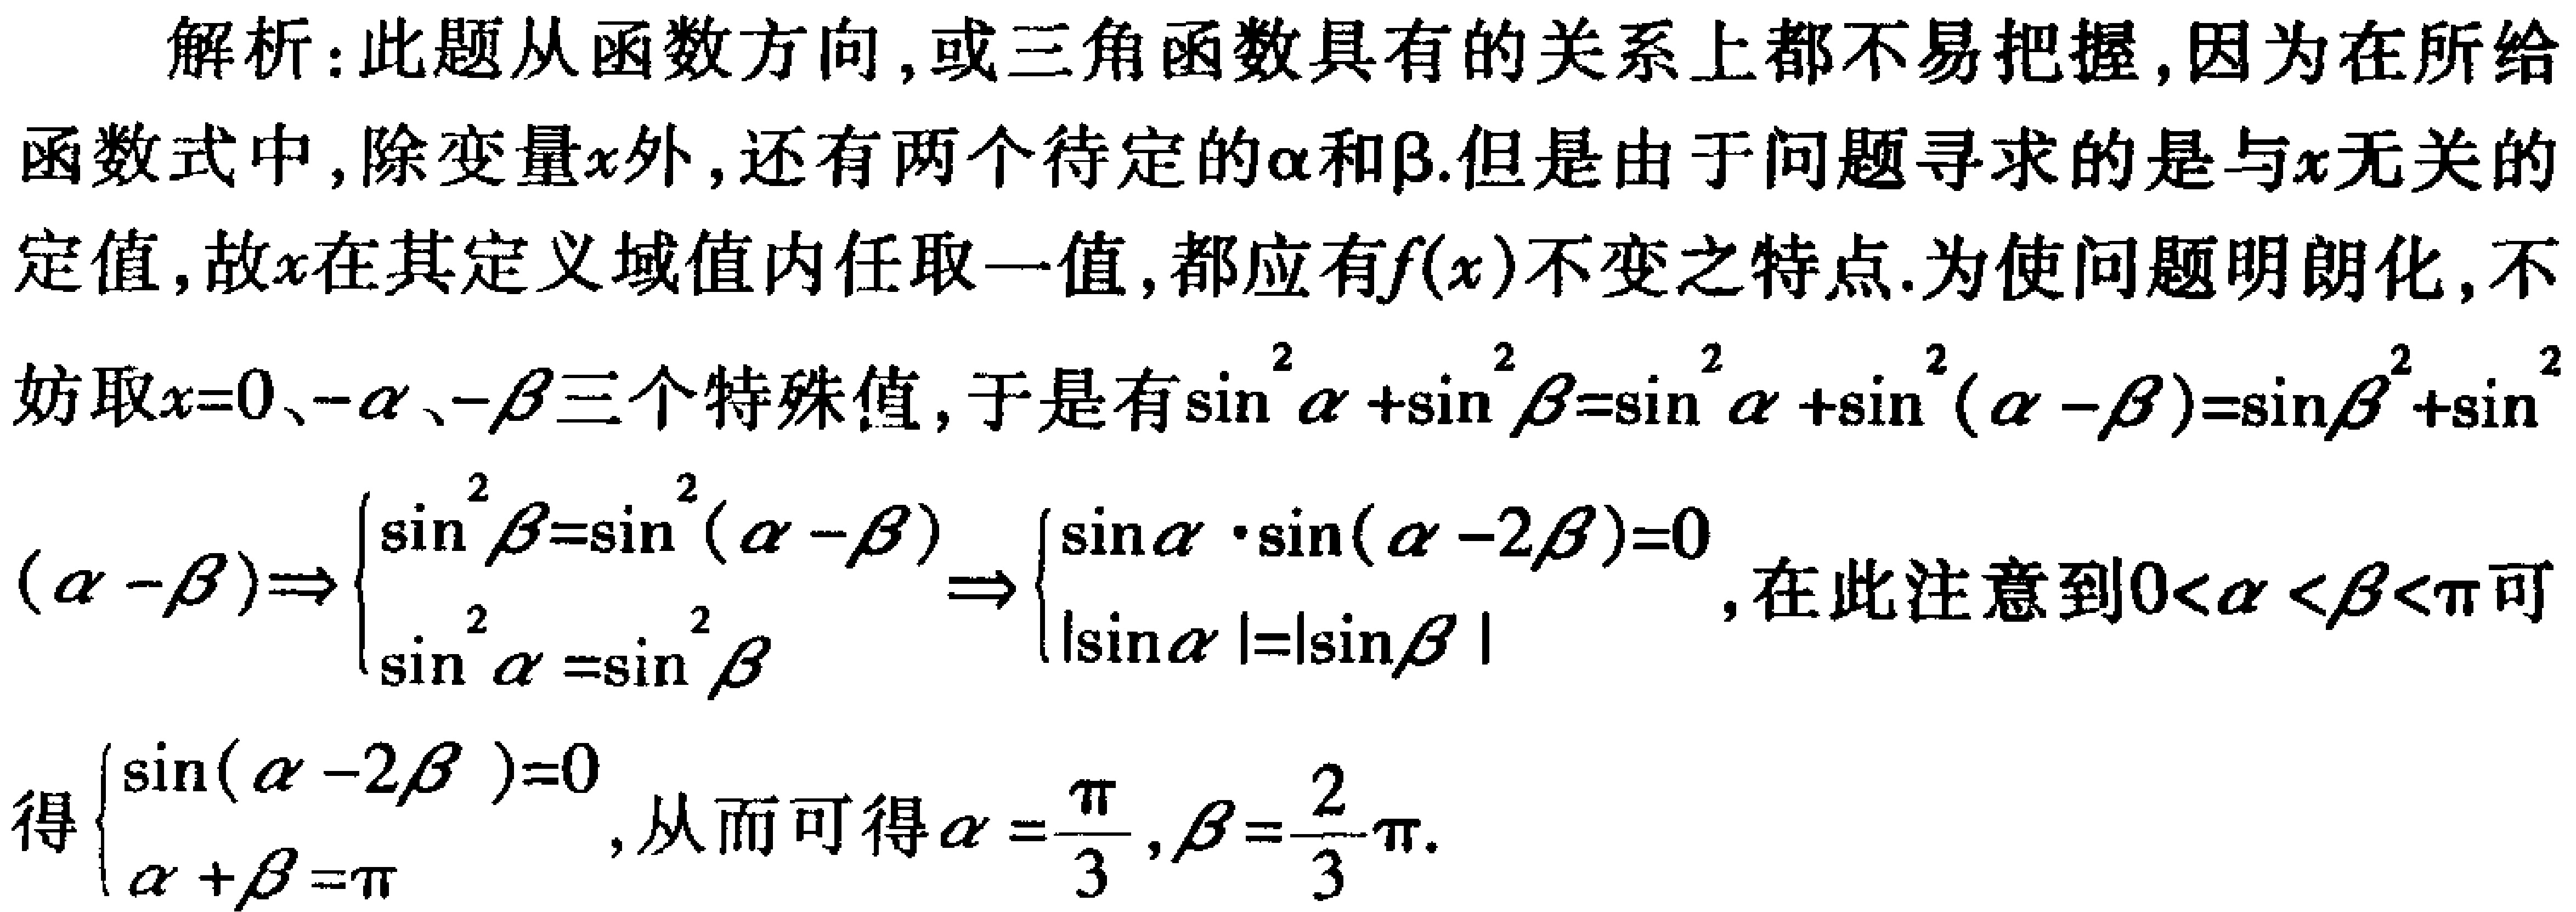
解析：此题从函数方向,或三角函数具有的关系上都不易把握,因为在所给函数式中,除变量\(x\)外,还有两个待定的\(\alpha\)和\(\beta\).但是由于问题寻求的是与\(x\)无关的定值,故\(x\)在其定义域值内任取一值,都应有\(f(x)\)不变之特点.为使问题明朗化,不妨取\(x = 0、-\alpha、-\beta\)三个特殊值,于是有\(\sin^{2}\alpha+\sin^{2}\beta=\sin^{2}\alpha+\sin^{2}(\alpha - \beta)=\sin\beta^{2}+\sin^{2}(\alpha - \beta)\Rightarrow\begin{cases}\sin^{2}\beta=\sin^{2}(\alpha - \beta)\\\sin^{2}\alpha=\sin^{2}\beta\end{cases}\Rightarrow\begin{cases}\sin\alpha\cdot\sin(\alpha - 2\beta)=0\\|\sin\alpha| = |\sin\beta|\end{cases}\),在此注意到\(0<\alpha<\beta<\pi\)可得\(\begin{cases}\sin(\alpha - 2\beta)=0\\\alpha+\beta=\pi\end{cases}\),从而可得\(\alpha=\frac{\pi}{3},\beta=\frac{2}{3}\pi\).